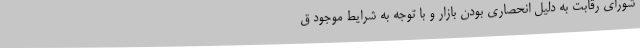
شورای رقابت به دلیل انحصاری بودن بازار و با توجه به شرایط موجود ق